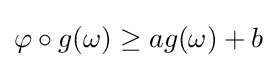
\varphi \circ g(\omega )\geq ag(\omega )+b